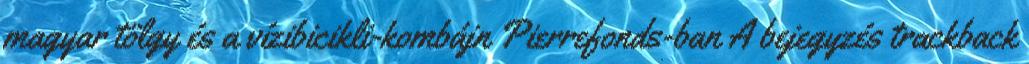
magyar tölgy és a vízibicikli-kombájn Pierrefonds-ban A bejegyzés trackback